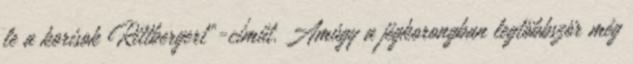
le a korisok Rittbergert"-címűt. Amúgy a jégkorongban legtöbbször még